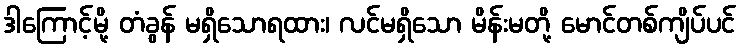
ဒါကြောင့်မို့ တံခွန် မရှိသောရထား၊ လင်မရှိသော မိန်းမတို့ မောင်တစ်ကျိပ်ပင်